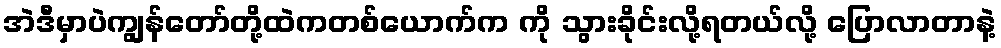
အဲဒီမှာပဲကျွန်တော်တို့ထဲကတစ်ယောက်က ကို သွားခိုင်းလို့ရတယ်လို့ ပြောလာတာနဲ့